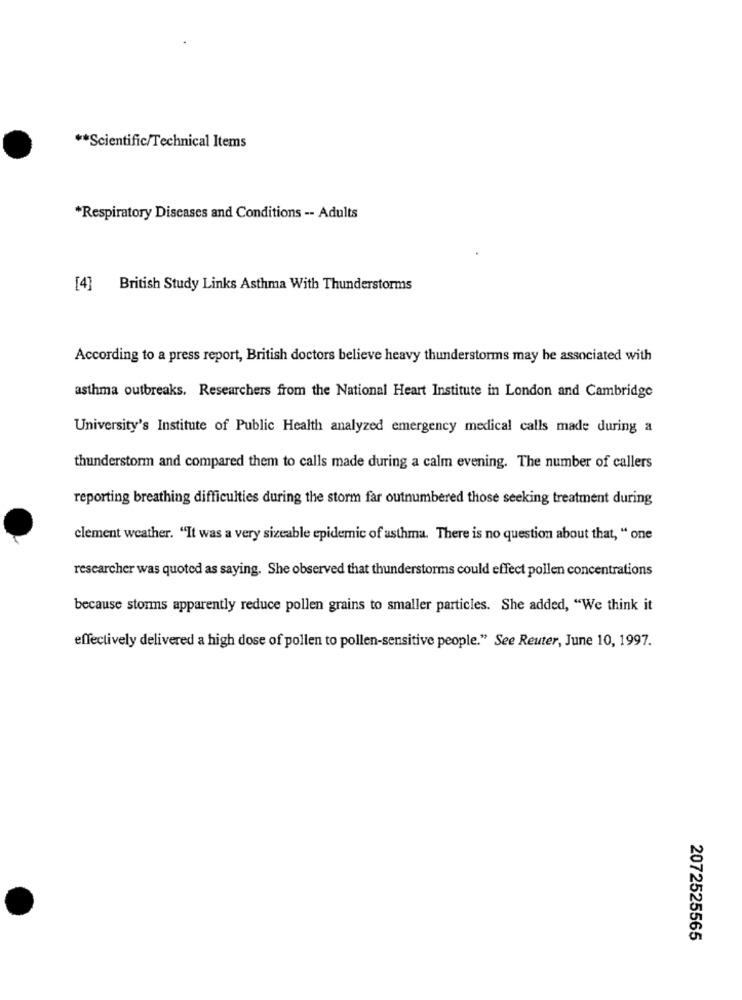
** Scientific/Technical Items
*Respiratory Diseases and Conditions -- Adults
[4]
British Study Links Asthma With Thunderstorms
According to a press report, British doctors believe heavy thunderstorms may be associated with
asthma outbreaks. Researchers from the National Heart Institute in London and Cambridge
University's Institute of Public Health analyzed emergency medical calls made during a
thunderstorm and compared them to calls made during a calm evening. The number of callers
reporting breathing difficulties during the storm far outnumbered those seeking treatment during
clement weather. "It was a very sizeable epidemic of asthma. There is no question about that, " one
researcher was quoted as saying. She observed that thunderstorms could effect pollen concentrations
because storms apparently reduce pollen grains to smaller particles. She added, "We think it
effectively delivered a high dose of pollen to pollen-sensitive people." See Reuter, June 10, 1997.
2072525565